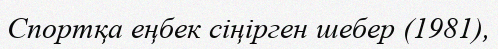
Спортқа еңбек сіңірген шебер (1981),